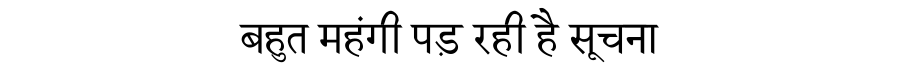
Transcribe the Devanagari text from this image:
बहुत महंगी पड़ रही है सूचना